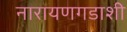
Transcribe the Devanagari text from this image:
नारायणगडाशी